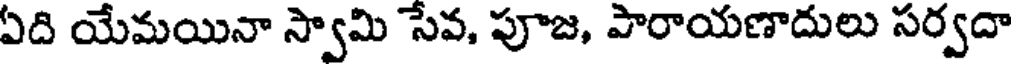
ఏది యేమయినా స్వామి సేవ, పూజ, పారాయణాదులు సర్వదా